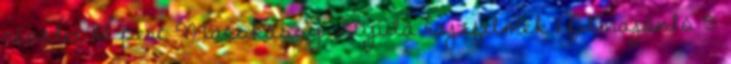
részlet 10 perc Macskássy Gyula rajzfilmek 1 filmajánló 5